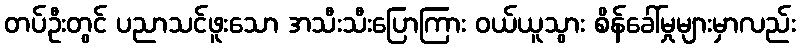
တပ်ဦးတွင် ပညာသင်ဖူးသော အသီးသီးပြောကြား ဝယ်ယူသွား စိန်ခေါ်မှုများမှာလည်း